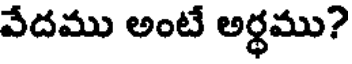
వేదము అంటే అర్ధము?